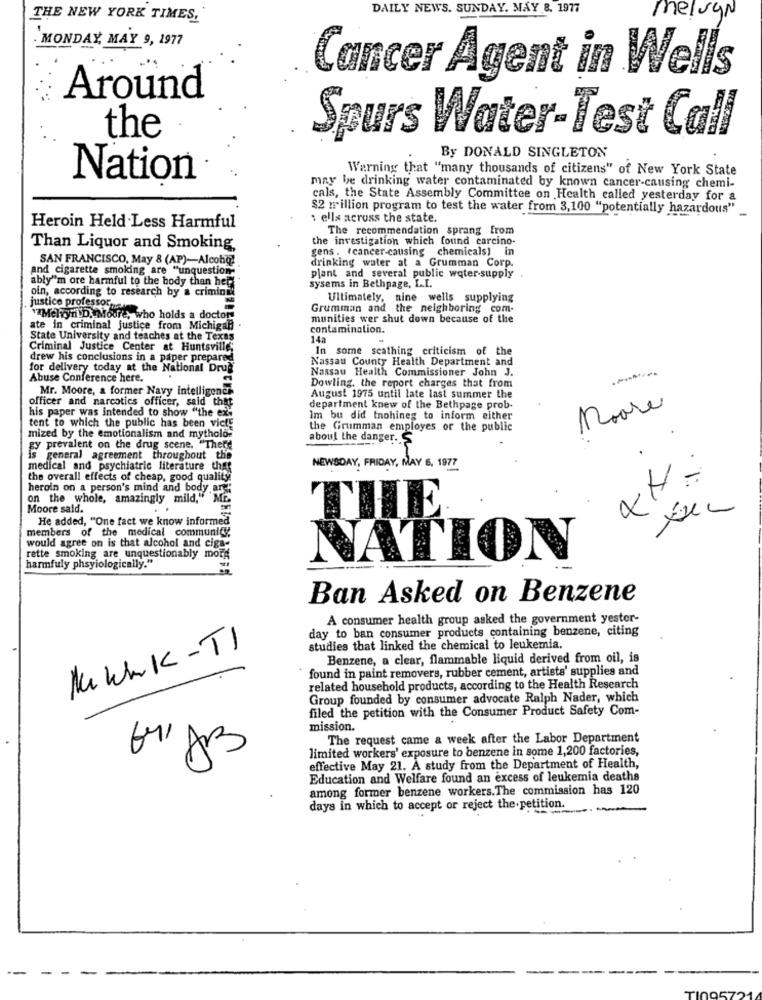
DAILY NEWS. SUNDAY, MAY 8. 1977
THE NEW YORK TIMES,
melvyn
MONDAY, MAY 9, 1977
Cancer Agent in Wells
Around
the
Spurs Water-Test Call
By DONALD SINGLETON
Warning that "many thousands of citizens" of New York State
Nation
may be drinking water contaminated by known cancer-causing chemi-
cals, the State Assembly Committee on Health called yesterday for a
$2 million program to test the water from 3,100 "potentially hazardous"
: ells across the state.
Heroin Held .Less Harmful
The recommendation sprang from
the investigation which found carcino-
Than Liquor and Smoking
gens . (cancer-causing chemicals) in
SAN FRANCISCO, May 8 (AP)-Alcohq!
drinking water at a Grumman Corp.
and cigarette smoking are "unquestion
ably''m ore harmful to the body than hep
plant and several public water supply
oin, according to research by a criminal
sysems in Bethpage, L.I.
Ultimately, nine wells supplying
justice professor
Grumman and the neighboring com.
""Melvyn D. Moure, who holds a doctor-
munities wer shut down because of the
ate in criminal justice from Michigan .
contamination.
State University and teaches at the Texas
14a
Criminal Justice Center at Huntsville;
In some scathing criticism of the
drew his conclusions in a paper prepared
Nassau County Health Department and
for delivery today at the National Drug
Nassau Health Commissioner John J.
Abuse Conference here.
Mr. Moore, a former Navy intelligence
Dowling, the report charges that from
officer and narcotics officer, said that
August 1975 until late last summer the
department knew of the Bethpage prob-
Moore
his paper was intended to show "the ex-
Im bu did tnohines to inform either
tent to which the public has been vict
the Grumman employes or the public
mized by the emotionalism and mytholo-
aboul the danger. S
gy prevalent on the drug scene. "There
s general agreement throughout the
medical and psychiatric literature that
NEWSDAY, FRIDAY, MAY 6, 1977
4A
the overall effects of cheap, good quality
heroin on a person's mind and body are;
on the whole, amazingly mild," ME.
Moore said.
He added, "One fact we know informed
THE
members of the medical community
would agree on is that alcohol and ciga-
rette smoking are unquestionably more
NATION
harmfuly phsyiologically."
Ban Asked on Benzene
A consumer health group asked the government yester-
day to ban consumer products containing benzene, citing
MukkK-TI
studies that linked the chemical to leukemia.
Benzene, a clear, flammable liquid derived from oil, is
found in paint removers, rubber cement, artists' supplies and
related household products, according to the Health Research
Group founded by consumer advocate Ralph Nader, which
filed the petition with the Consumer Product Safety Com-
mission.
The request came a week after the Labor Department
limited workers' exposure to benzene in some 1,200 factories,
effective May 21. A study from the Department of Health,
Education and Welfare found an excess of leukemia deaths
among former benzene workers. The commission has 120
days in which to accept or reject the petition.